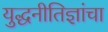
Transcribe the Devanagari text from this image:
युद्धनीतिज्ञांचा